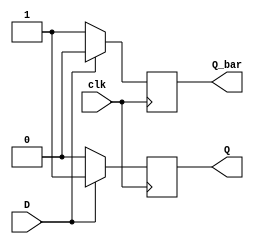
module d_ff(
    input clk,
    input D,
    output reg Q,
    output reg Q_bar
);

always @(posedge clk) begin
    if(D == 0) begin
        Q <= 0;
        Q_bar <= 1;
    end
    else begin
        Q <= 1;
        Q_bar <= 0;
    end
end

endmodule